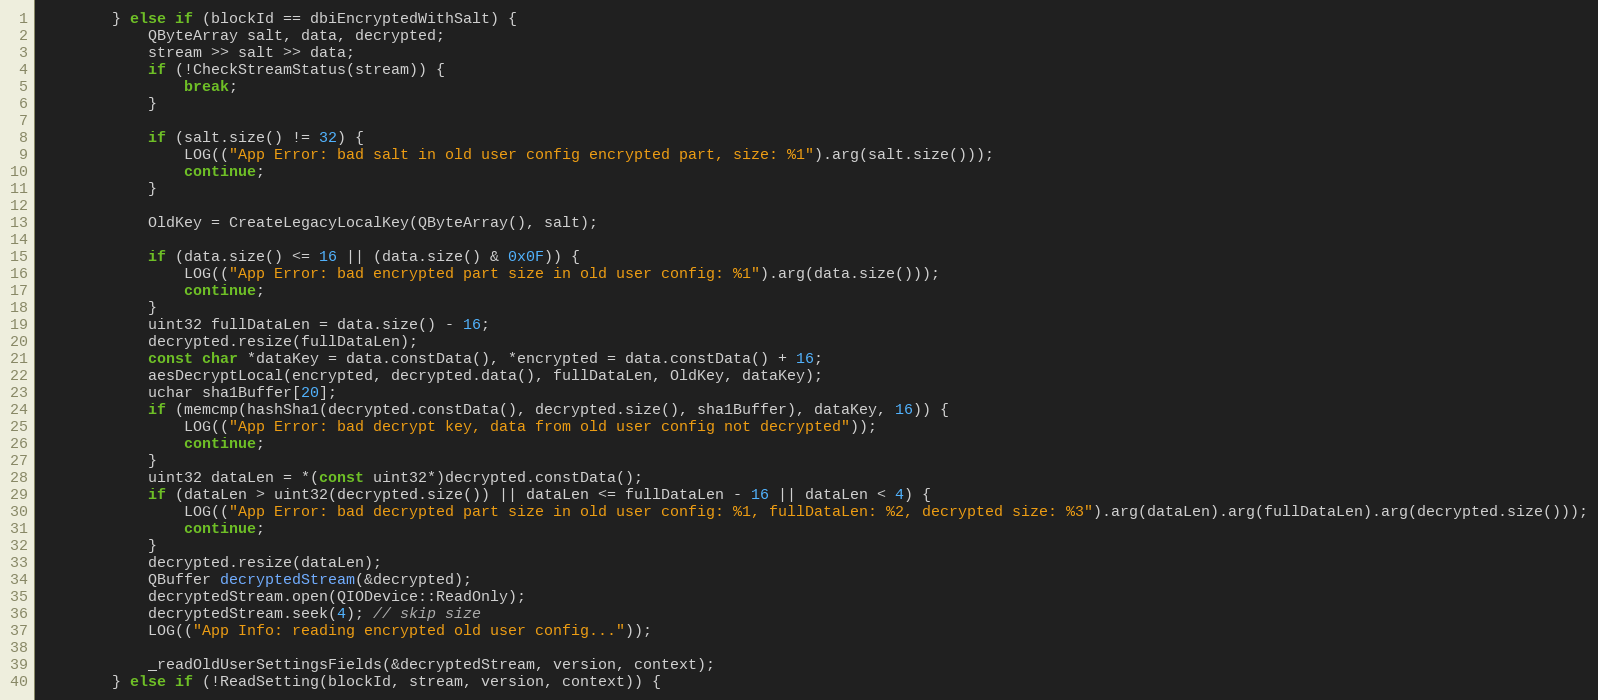
Language: C++
		} else if (blockId == dbiEncryptedWithSalt) {
			QByteArray salt, data, decrypted;
			stream >> salt >> data;
			if (!CheckStreamStatus(stream)) {
				break;
			}

			if (salt.size() != 32) {
				LOG(("App Error: bad salt in old user config encrypted part, size: %1").arg(salt.size()));
				continue;
			}

			OldKey = CreateLegacyLocalKey(QByteArray(), salt);

			if (data.size() <= 16 || (data.size() & 0x0F)) {
				LOG(("App Error: bad encrypted part size in old user config: %1").arg(data.size()));
				continue;
			}
			uint32 fullDataLen = data.size() - 16;
			decrypted.resize(fullDataLen);
			const char *dataKey = data.constData(), *encrypted = data.constData() + 16;
			aesDecryptLocal(encrypted, decrypted.data(), fullDataLen, OldKey, dataKey);
			uchar sha1Buffer[20];
			if (memcmp(hashSha1(decrypted.constData(), decrypted.size(), sha1Buffer), dataKey, 16)) {
				LOG(("App Error: bad decrypt key, data from old user config not decrypted"));
				continue;
			}
			uint32 dataLen = *(const uint32*)decrypted.constData();
			if (dataLen > uint32(decrypted.size()) || dataLen <= fullDataLen - 16 || dataLen < 4) {
				LOG(("App Error: bad decrypted part size in old user config: %1, fullDataLen: %2, decrypted size: %3").arg(dataLen).arg(fullDataLen).arg(decrypted.size()));
				continue;
			}
			decrypted.resize(dataLen);
			QBuffer decryptedStream(&decrypted);
			decryptedStream.open(QIODevice::ReadOnly);
			decryptedStream.seek(4); // skip size
			LOG(("App Info: reading encrypted old user config..."));

			_readOldUserSettingsFields(&decryptedStream, version, context);
		} else if (!ReadSetting(blockId, stream, version, context)) {